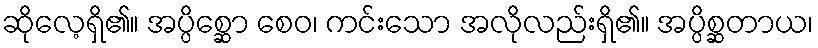
ဆိုလေ့ရှိ၏။ အပ္ပိစ္ဆော စေဝ၊ ကင်းသော အလိုလည်းရှိ၏။ အပ္ပိစ္ဆတာယ၊